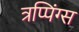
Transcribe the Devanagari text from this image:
त्रप्पिंग्स